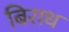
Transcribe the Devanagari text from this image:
बिराध